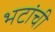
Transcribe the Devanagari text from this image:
भटांची